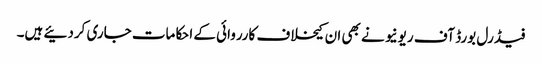
فیڈرل بورڈ آف ریونیو نے بھی ان کیخلاف کارروائی کے احکامات جاری کردئیے ہیں۔